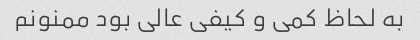
به لحاظ کمی و کیفی عالی بود ممنونم